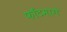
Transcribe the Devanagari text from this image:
फाँटमागे